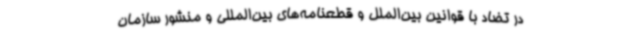
در تضاد با قوانین بین‌الملل و قطعنامه‌های بین‌المللی و منشور سازمان